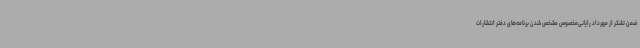
ضمن تشکر از مهرداد رایانی‌مخصوص مشخص شدن برنامه‌های دفتر انتشارات